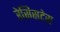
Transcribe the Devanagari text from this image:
रेसिसटेस